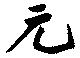
元